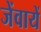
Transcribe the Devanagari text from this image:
जेंवायें